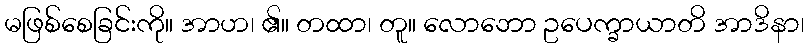
မဖြစ်စေခြင်းကို။ အာဟ၊ ၏။ တထာ၊ တူ။ လောဘော ဥပေက္ခာယာတိ အာဒိနာ၊